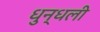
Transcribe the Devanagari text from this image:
धुन्धली